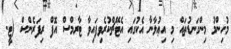
މުހިންމު މިންގަނޑުތައް މި އިޢުލާނާ އެކުގައި އެޓޭޗްކުރެވިފައިވާ ޓާރމްސް އޮފް ރިފަރެންސް (ޓީ.